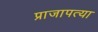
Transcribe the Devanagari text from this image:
प्राजापत्या